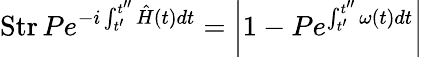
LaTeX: \mathrm{Str}\, Pe^{-i\int_{t^{\prime}}^{t^{\prime\prime}}\hat{H}(t)dt}=\left|1-Pe^{\int_{t^{\prime}}^{t^{\prime\prime}}\omega(t)dt}\right|